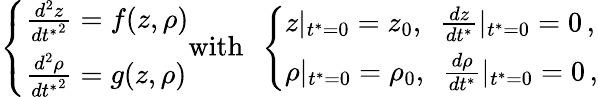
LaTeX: \left\{ \begin{array}{ll}{\frac{d^{2}z}{{dt^{*}}^{2}}=f(z,\rho)}\\ {\frac{d^{2}\rho}{{dt^{*}}^{2}}=g(z,\rho)}\end{array}\right.\mathrm{with}\ \ \left\{ \begin{array}{ll}{z|_{t^{*}=0}=z_{0},\ \ \frac{dz}{dt^{*}}|_{t^{*}=0}=0\, ,}\\ {\rho|_{t^{*}=0}=\rho_{0},\ \ \frac{d\rho}{dt^{*}}|_{t^{*}=0}=0\, ,}\end{array}\right.